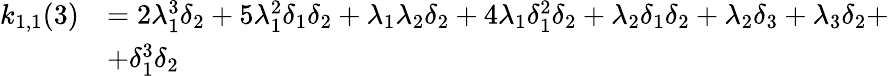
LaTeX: \begin{array}{rl}{k_{1,1}(3)}&{=2\lambda_{1}^{3}\delta_{2}+5\lambda_{1}^{2}\delta_{1}\delta_{2}+\lambda_{1}\lambda_{2}\delta_{2}+4\lambda_{1}\delta_{1}^{2}\delta_{2}+\lambda_{2}\delta_{1}\delta_{2}+\lambda_{2}\delta_{3}+\lambda_{3}\delta_{2}+}\\ &{+\delta_{1}^{3}\delta_{2}}\end{array}